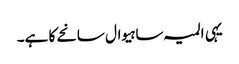
یہی المیہ ساہیوال سانحے کا ہے۔